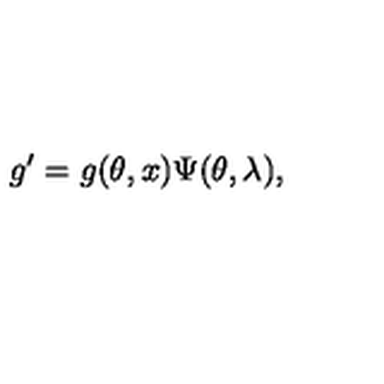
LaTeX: g ^ { \prime } = g ( \theta , x ) \Psi ( \theta , \lambda ) ,